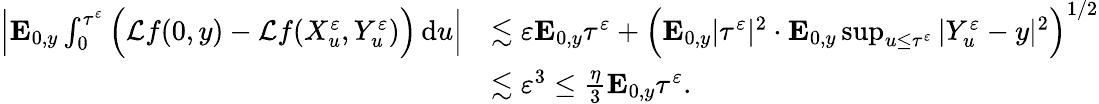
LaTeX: \begin{array}{rl}{\Big|\mathbf{E}_{0,y}\int_{0}^{\tau^{\varepsilon}}\Big(\mathcal{L}f(0,y)-\mathcal{L}f(X_{u}^{\varepsilon},Y_{u}^{\varepsilon})\Big)\, \mathrm{d}u\Big|}&{\lesssim\varepsilon\mathbf{E}_{0,y}\tau^{\varepsilon}+\Big(\mathbf{E}_{0,y}|\tau^{\varepsilon}|^{2}\cdot\mathbf{E}_{0,y}\operatorname*{sup}_{u\leq\tau^{\varepsilon}}|Y_{u}^{\varepsilon}-y|^{2}\Big)^{1/2}}\\ &{\lesssim\varepsilon^{3}\leq\frac{\eta}{3}\mathbf{E}_{0,y}\tau^{\varepsilon}.}\end{array}